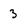
Character: 3